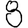
Digit: 8